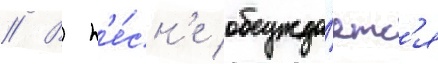
// В п'е́сн'е обсужда́етс'я